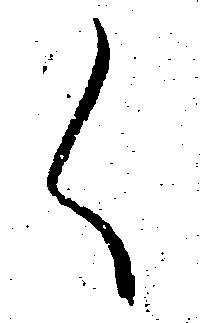
く